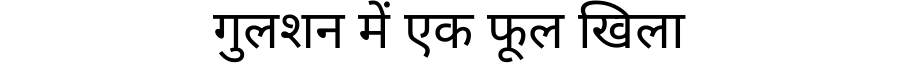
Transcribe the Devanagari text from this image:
गुलशन में एक फूल खिला